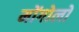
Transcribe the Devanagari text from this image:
मोंगोलों